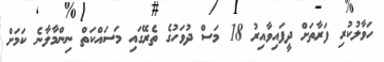
ހަވާލުކުރި ފަރާތަށް ދީފައިވާއިރު 18 މަސް ދުވަހުގެ ތެރޭގައި މަސައްކަތް ނިންމާލާނެ ކަމަށް